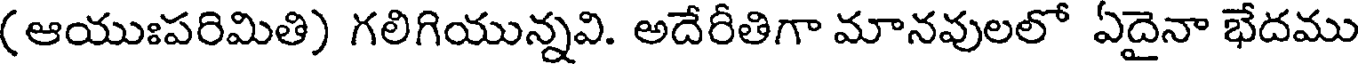
(ఆయుఃపరిమితి) గలిగియున్నవి. అదేరీతిగా మానవులలో ఏదైనా భేదము